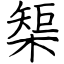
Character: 榘